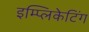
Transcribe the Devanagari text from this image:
इम्प्लिकेटिंग